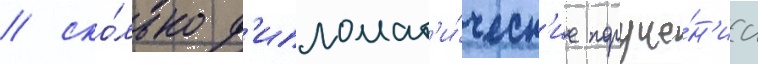
/ ско́лько д'ипломат'и́ческ'ие поруче́н'иа